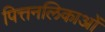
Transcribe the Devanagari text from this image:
पित्तनलिकाओं